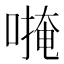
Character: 𱔅